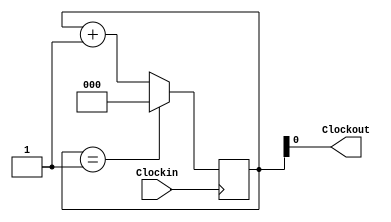
module divide_by_2(Clockin, Clockout); //Defines clock divide_by_2 module

	input Clockin;   //Declares Clockin input
	output Clockout; //Declares Clockout output
	
	reg [2:0]counter1; //Declares 3 bit wide register counter1
	
	wire clkout1; //Declares wire for clkout1
	
	always @(posedge Clockin) begin //Initiates always @ loop with positive edge clock trigger
		if(counter1 == 1 ) //If counter1 reaches 1, reset counter to zero
		counter1 <= 0; 	 //If counter1 reaches 1, reset counter to zero
		else 
		counter1 <= counter1 + 1 ; //else add value of 1 to counter1
	end


	assign clkout1  = counter1[0]; //assigns the value of clkout1 to the 1st bit of the register counter1
	assign Clockout = clkout1;     //assigns Clockout to clkout1

endmodule //Ends module